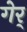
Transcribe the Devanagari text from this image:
गेर्